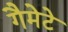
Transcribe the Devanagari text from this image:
गैमेटे